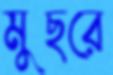
মুছরে